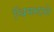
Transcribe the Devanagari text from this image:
चिमनाने